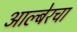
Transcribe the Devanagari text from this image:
आल्बेरचा